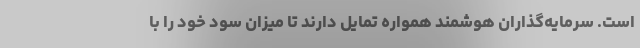
است. سرمایه‌گذاران هوشمند همواره تمایل دارند تا میزان سود خود را با